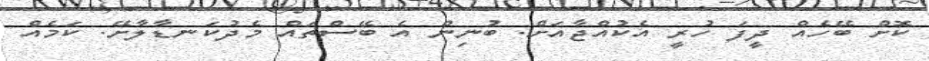
ކޮށް ބޭހެއް ދީފަ ހުރީ އެކުއްޖާއަށް. ބުނިން އެ ބޭސްތައް މެދުކަނޑާލާށޭ. ކަމެއް